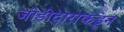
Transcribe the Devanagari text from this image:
जोडीदाराकडून